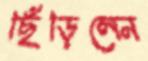
ছিঁড়িলেন